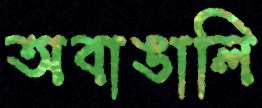
অবাঙালি